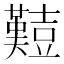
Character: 𪤱